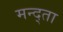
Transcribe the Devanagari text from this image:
मन्द्ता